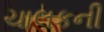
ચાલકની